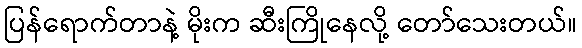
ပြန်ရောက်တာနဲ့ မိုးက ဆီးကြိုနေလို့ တော်သေးတယ်။